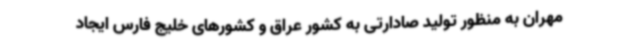
مهران به منظور تولید صادارتی به کشور عراق و کشورهای خلیج فارس ایجاد